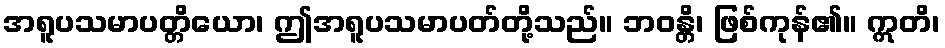
အရူပသမာပတ္တိယော၊ ဤအရူပသမာပတ်တို့သည်။ ဘဝန္တိ၊ ဖြစ်ကုန်၏။ ဣတိ၊